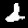
Digit: 2